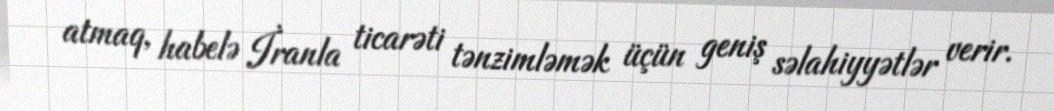
atmaq, habelə İranla ticarəti tənzimləmək üçün geniş səlahiyyətlər verir.